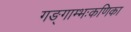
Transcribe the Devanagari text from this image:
गङ्गाम्भःकणिका